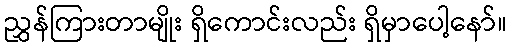
ညွှန်ကြားတာမျိုး ရှိကောင်းလည်း ရှိမှာပေါ့နော်။